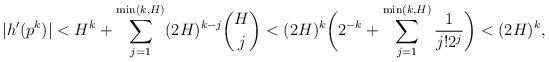
LaTeX: \begin{align*}|h'(p^k)| < H^k + \sum_{j=1}^{\min(k,H)} (2H)^{k-j} \binom{H}{j} <(2H)^k \bigg(2^{-k} + \sum_{j=1}^{\min(k,H)} \frac{1}{ j! 2^j} \bigg)<(2H)^k,\end{align*}